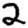
Digit: 2